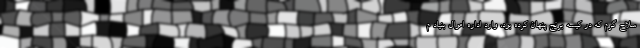
سلاح گرم که در کیسه برنج پنهان کرده بود، وارد اداره اموال بنیاد م